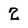
Character: 2